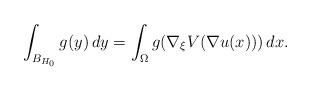
LaTeX: \begin{align*}\int_{B_{H_0}} g(y)\, dy = \int_{\Omega} g(\nabla_\xi V(\nabla u(x)))\, dx.\end{align*}